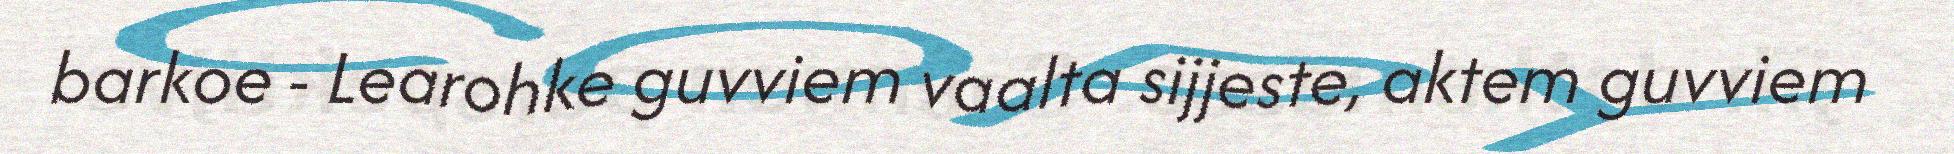
barkoe - Learohke guvviem vaalta sijjeste, aktem guvviem